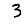
Digit: 3